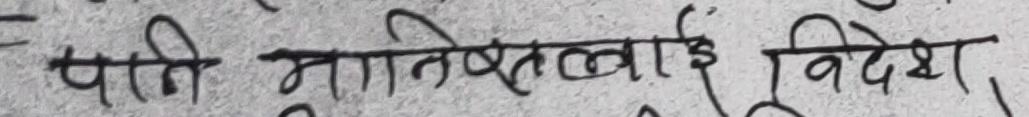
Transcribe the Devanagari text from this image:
पार्टी मातिशक्तिलाई विदेश